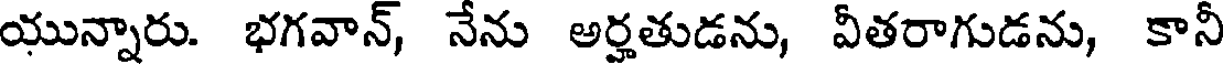
యున్నారు. భగవాన్, నేను అర్హతుడను, వీతరాగుడను, కానీ